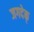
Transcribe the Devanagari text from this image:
जगदेक्